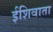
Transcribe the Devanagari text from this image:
ईशिवाता